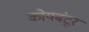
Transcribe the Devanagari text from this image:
कोयबंटूर